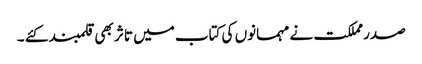
صدر مملکت نے مہمانوں کی کتاب میں تاثر بھی قلمبند کئے ۔